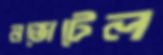
নভোটেল